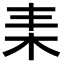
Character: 𣐇